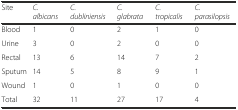
| Site | C. albicans | C. dubliniensis | C. glabrata | C. tropicalis | C. parasilopsis |
 | --- | --- | --- | --- | --- | --- |
 | Blood | 1 | 0 | 2 | 1 | 0 |
 | Urine | 3 | 0 | 2 | 0 | 0 |
 | Rectal | 13 | 6 | 14 | 7 | 2 |
 | Sputum | 14 | 5 | 8 | 9 | 1 |
 | Wound | 1 | 0 | 1 | 0 | 0 |
 | Total | 32 | 11 | 27 | 17 | 4 |